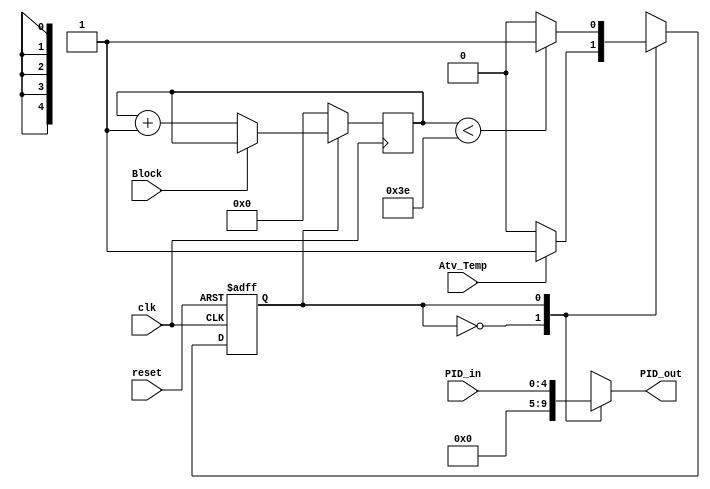
module TemporizadorRoundRobin(
	input clk, reset, Atv_Temp, Block,
	input [4:0] PID_in,
	output reg [4:0] PID_out
);

	reg [5:0] Count;
	parameter Quantum = 6'B111110; // Quantum de 63 instruçoes

	always @ (posedge clk)
	begin
	
		if(~state)
			Count <= 0;
		else if(Block)
			Count <= Count; // Bloqueio contador
		else
			Count <= Count + 6'B000001;
	
	end
	
	// Declare state register
	reg state;

	// Declare states
	parameter S0 = 1'B0, S1 = 1'B1;

	// Output depends only on the state
	always @ (state or PID_in) begin
		case (state)
			S0:
			begin
				PID_out <= 5'B00000;
			end
			S1:
			begin
				PID_out <= PID_in;
			end
		endcase
	end

	// Determine the next state
	always @ (posedge clk or posedge reset)
	begin
		if (reset)
			state <= S0;
		else
			case (state)
				S0:
				begin
					if(Atv_Temp)
						state <= S1;
					else
						state <= S0;
				end
				S1:
				begin
					if (Count < Quantum)
						state <= S1;
					else
						state <= S0;
				end
				
				default:
				begin
					state <= S0;
				end
				
			endcase
	end
endmodule